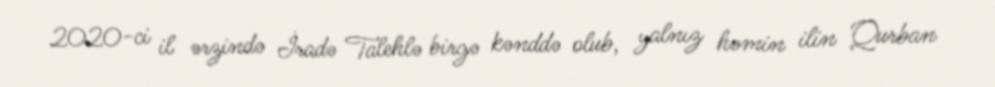
2020-ci il ərzində İradə Talehlə birgə kənddə olub, yalnız həmin ilin Qurban